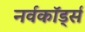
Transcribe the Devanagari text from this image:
नर्वकॉर्ड्स